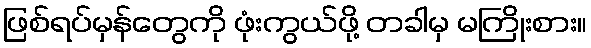
ဖြစ်ရပ်မှန်တွေကို ဖုံးကွယ်ဖို့ တခါမှ မကြိုးစား။